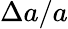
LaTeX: \Delta a/a